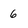
Character: 6